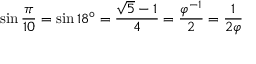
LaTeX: \sin { \frac { \pi } { 1 0 } } = \sin 1 8 ^ { \circ } = { \frac { { \sqrt { 5 } } - 1 } { 4 } } = { \frac { \varphi ^ { - 1 } } { 2 } } = { \frac { 1 } { 2 \varphi } }